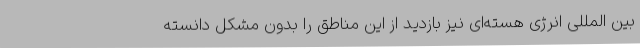
بین المللی انرژی هسته‌ای نیز بازدید از این مناطق را بدون مشکل دانسته